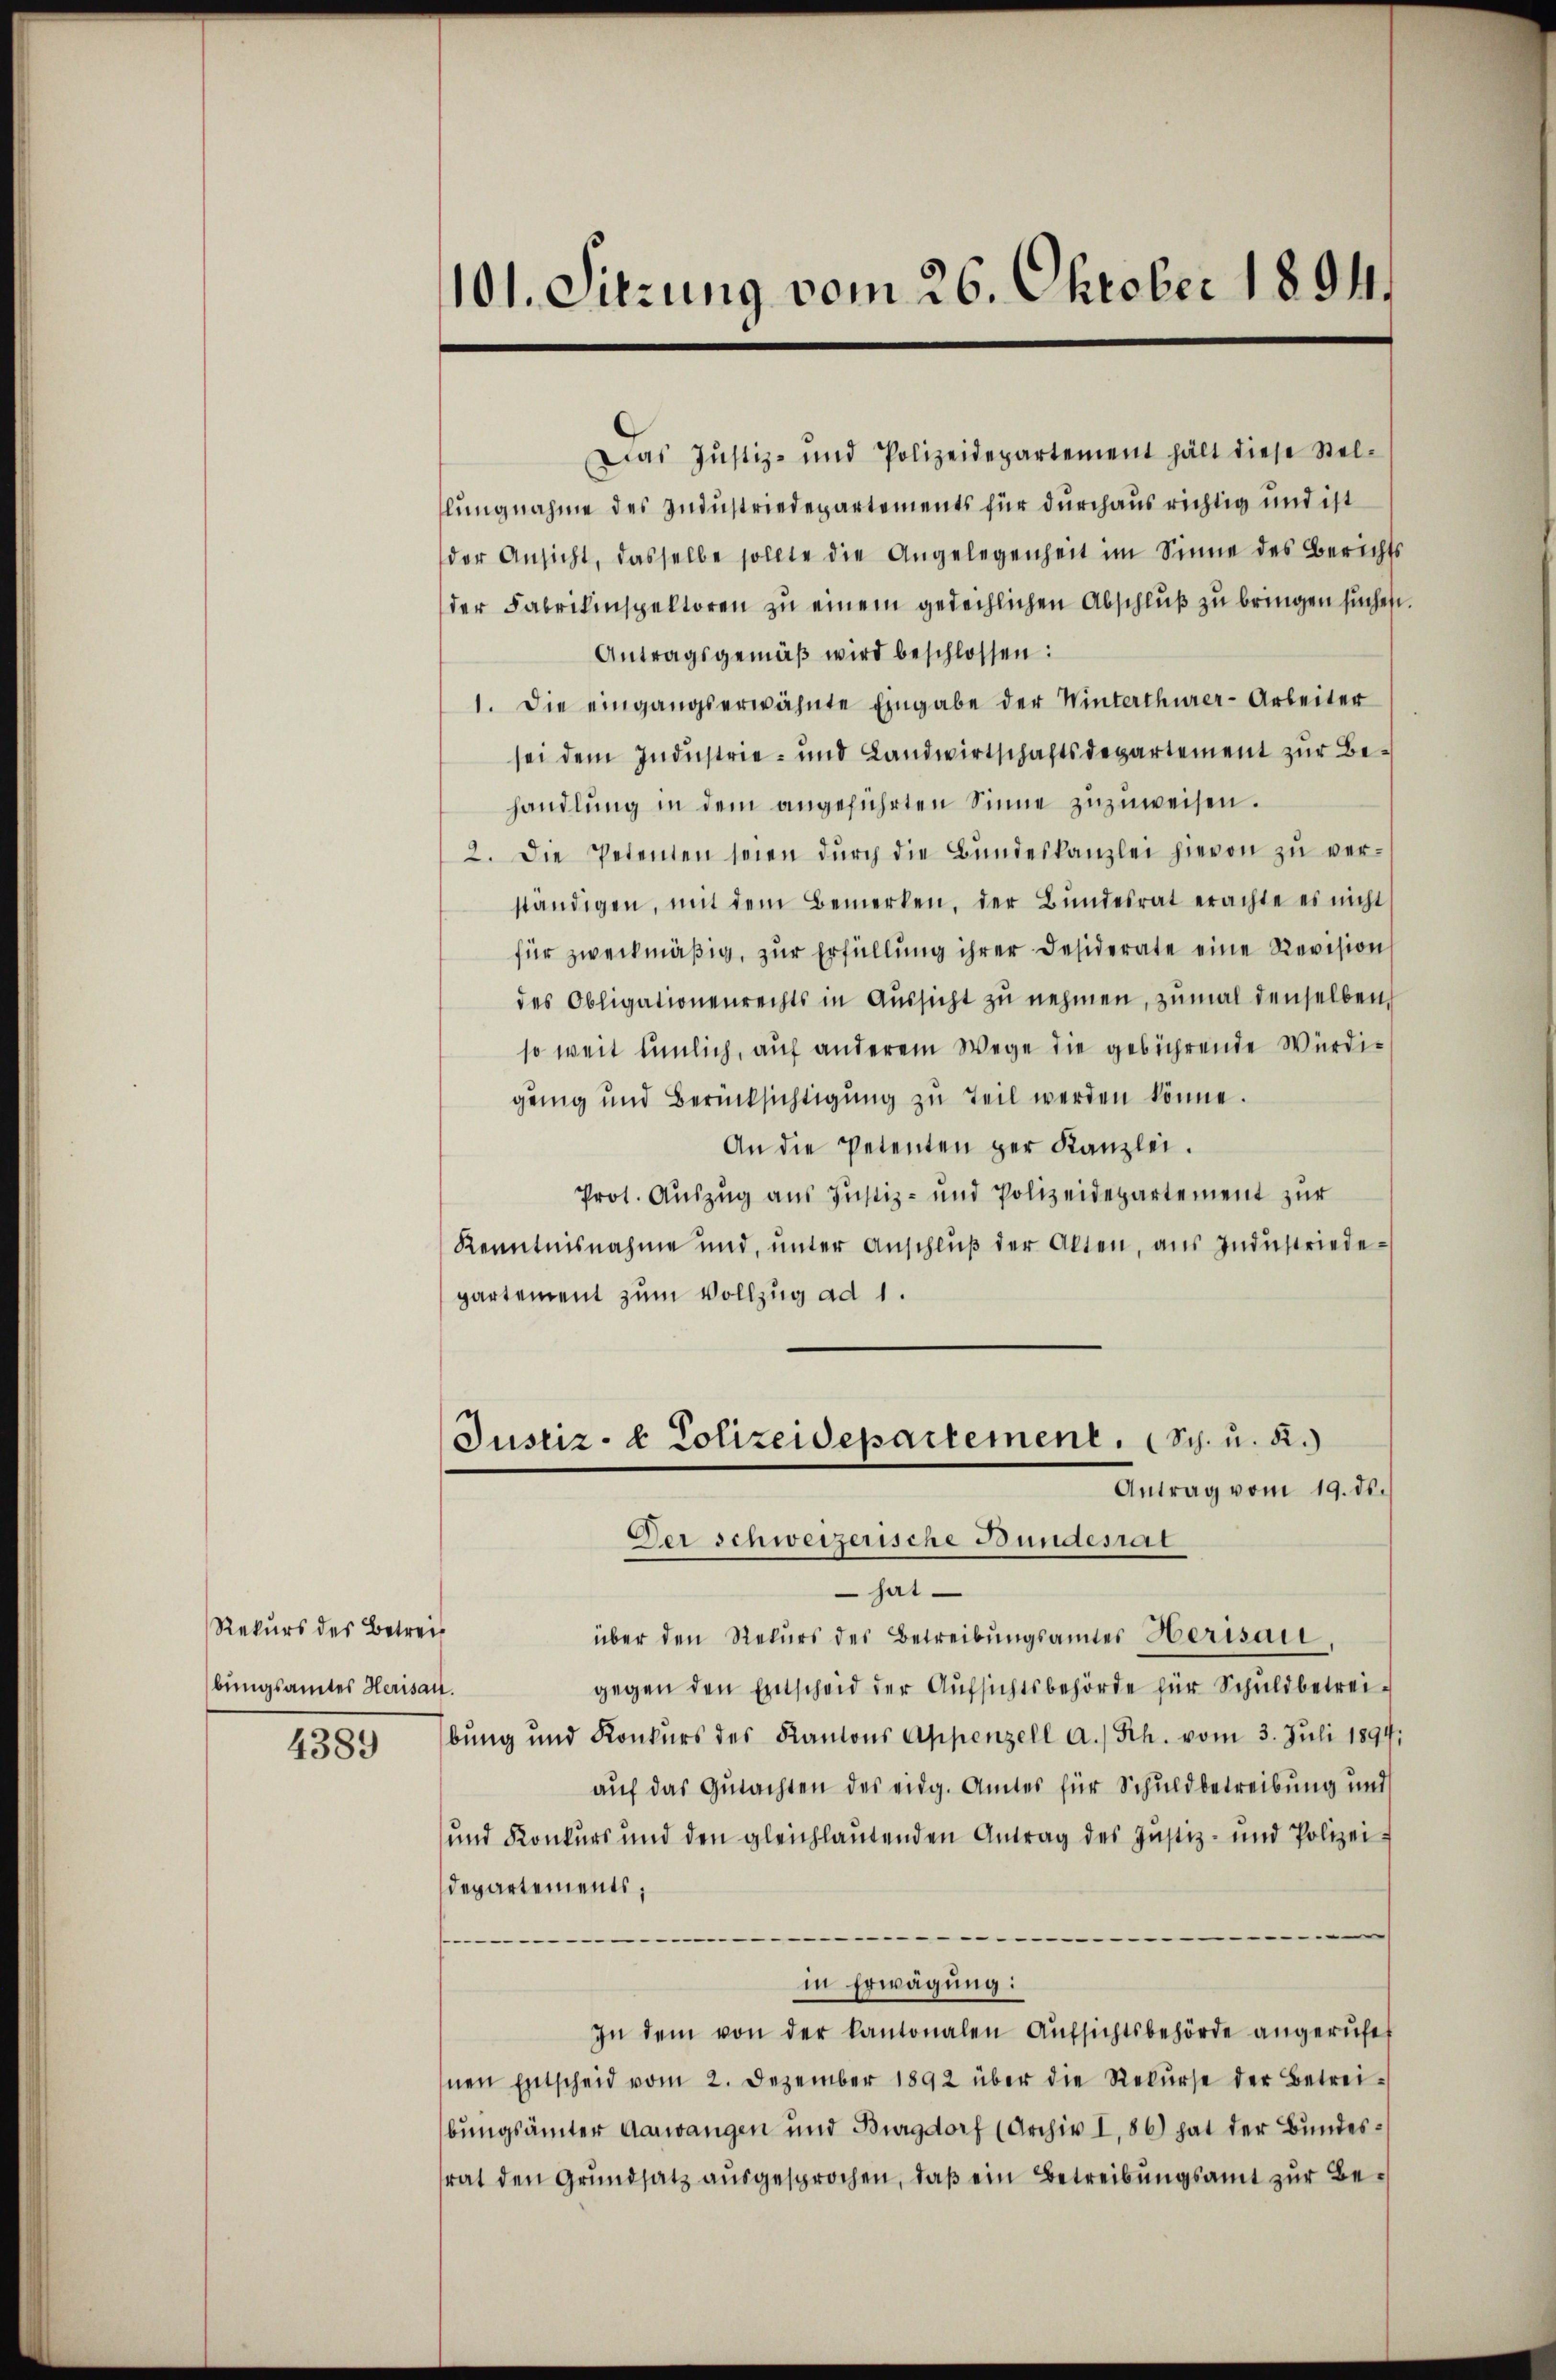
Rekurs des Betreis
bungsamtes Herisau.
4389

101. Sitzung vom 26. Oktober 1894.

Das Justiz- und Polizeidepartement hält diese Stel-
lungnahme des Industriedepartements für durchaus richtig und ist
der Ansicht, dasselbe sollte die Angelegenheit im Sinne des Berichts
der Fabrikinspektoren zu einem gedeihlichen Abschluß zu bringen suchen
Antragsgemäβ wird beschlossen:
1. Die eingangserwähnte Eingabe der Winterthurer-Arbeiter
sei dem Industrie- und Landwirtschaftsdepartement zur Behandlŭng in dem angeführten Sinne zuzuweisen.
2. Die Petenten seien dŭrch die Bŭndeskanzlei hievon zŭ ver-
ständigen, mit dem Bemerken, der Bŭndesrat erachte es nicht
für zweckmäßig, zur Erfüllung ihrer Desiderate eine Revision
des Obligationenrechts in Aussicht zu nehmen, zumal denselben
so weit himlich, auf anderem Wege die gebührende Würdigung und Berücksichtigung zu Teil werden könne.
An die Petenten der Kanzlei.
Prot. Auszug aus Justiz- und Polizeidepartement zur
Kenntnisnahme und, ŭnter Anschlŭβ der Alten, aŭs Indŭstriedepartement zum Vollzug ad 1.
Justiz- & Polizeidepartement. (Sch. u. 2.)
Antrag vom 19. ds.
Der Schweizerische Bundesrat
hat
über den Rekurs des Betreibungsamter Herisau
gegen den Entscheid der Aufsichtsbehörde für Schuldbetreibung und Konkurs des Kantons Appenzell a. Rh. vom 3. Juli 1894.
auf das Gutachten des eidg. Amtes für Schuldbetreibung und
und Konkurs und den gleichlautenden Antrag des Justiz- und Polizei-
Departements;
.
e
e
in Erwägung:
In dem von der kantonalen Aŭfsichtsbehörde angerŭfe
nen Entscheid vom 2. Dezember 1892 über die Rekŭrse der Betrei-
bungsämter Aarwangen und Burgdorf (Archiv I, 86) hat der Bundessrat den Grundsatz ausgesprochen, daß ein Betreibungsamt zur Be¬